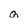
Character: Q